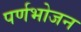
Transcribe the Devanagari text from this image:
पर्णभोजन